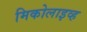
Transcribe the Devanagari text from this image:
मिकोलाइव्ह